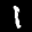
Label: 1